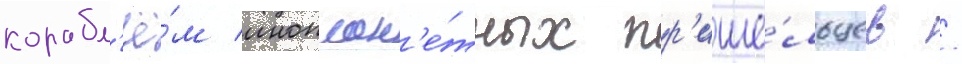
корабл'ё́м иноплан'е́тных пр'ише́льцев /